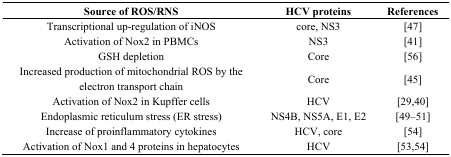
<table><thead><tr><td><b>Source of ROS/RNS</b></td><td><b>HCV proteins</b></td><td><b>References</b></td></tr></thead><tbody><tr><td>Transcriptional up-regulation of iNOS</td><td>core, NS3</td><td>[47]</td></tr><tr><td>Activation of Nox2 in PBMCs</td><td>NS3</td><td>[41]</td></tr><tr><td>GSH depletion</td><td>Core</td><td>[56]</td></tr><tr><td>Increased production of mitochondrial ROS by the electron transport chain</td><td>Core</td><td>[45]</td></tr><tr><td>Activation of Nox2 in Kupffer cells</td><td>HCV</td><td>[29,40]</td></tr><tr><td>Endoplasmic reticulum stress (ER stress)</td><td>NS4B, NS5A, E1, E2</td><td>[49–51]</td></tr><tr><td>Increase of proinflammatory cytokines</td><td>HCV, core</td><td>[54]</td></tr><tr><td>Activation of Nox1 and 4 proteins in hepatocytes</td><td>HCV</td><td>[53,54]</td></tr></tbody></table>